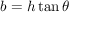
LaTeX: b = h \tan \theta